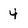
Character: 4